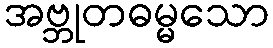
အဗ္ဘုတဓမ္မသော